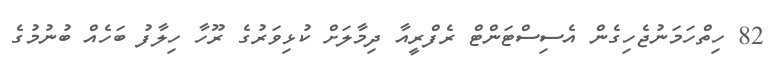
82 ހިތްހަމަނުޖެހިގެން އެސިސްޓަންޓް ރެފްރީއާ ދިމާލަށް ކުޅިވަރުގެ ރޫހާ ހިލާފު ބަހެއް ބުނުމުގެ